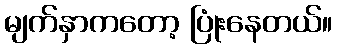
မျက်နှာကတော့ ပြုံးနေတယ်။